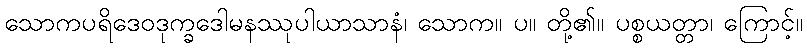
သောကပရိဒေဝဒုက္ခဒေါမနဿုပါယာသာနံ၊ သောက။ ပ။ တို့၏။ ပစ္စယတ္တာ၊ ကြောင့်။